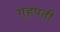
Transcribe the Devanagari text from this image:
गृहपती